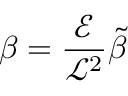
\beta = \frac { \mathcal { E } } { \mathcal { L } ^ { 2 } } \tilde { \beta }